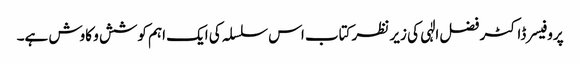
پروفیسر ڈاکٹر فضل الٰہی کی زیر نظر کتاب اس سلسلہ کی ایک اہم کوشش و کاوش ہے۔